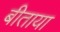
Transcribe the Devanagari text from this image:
बीताया